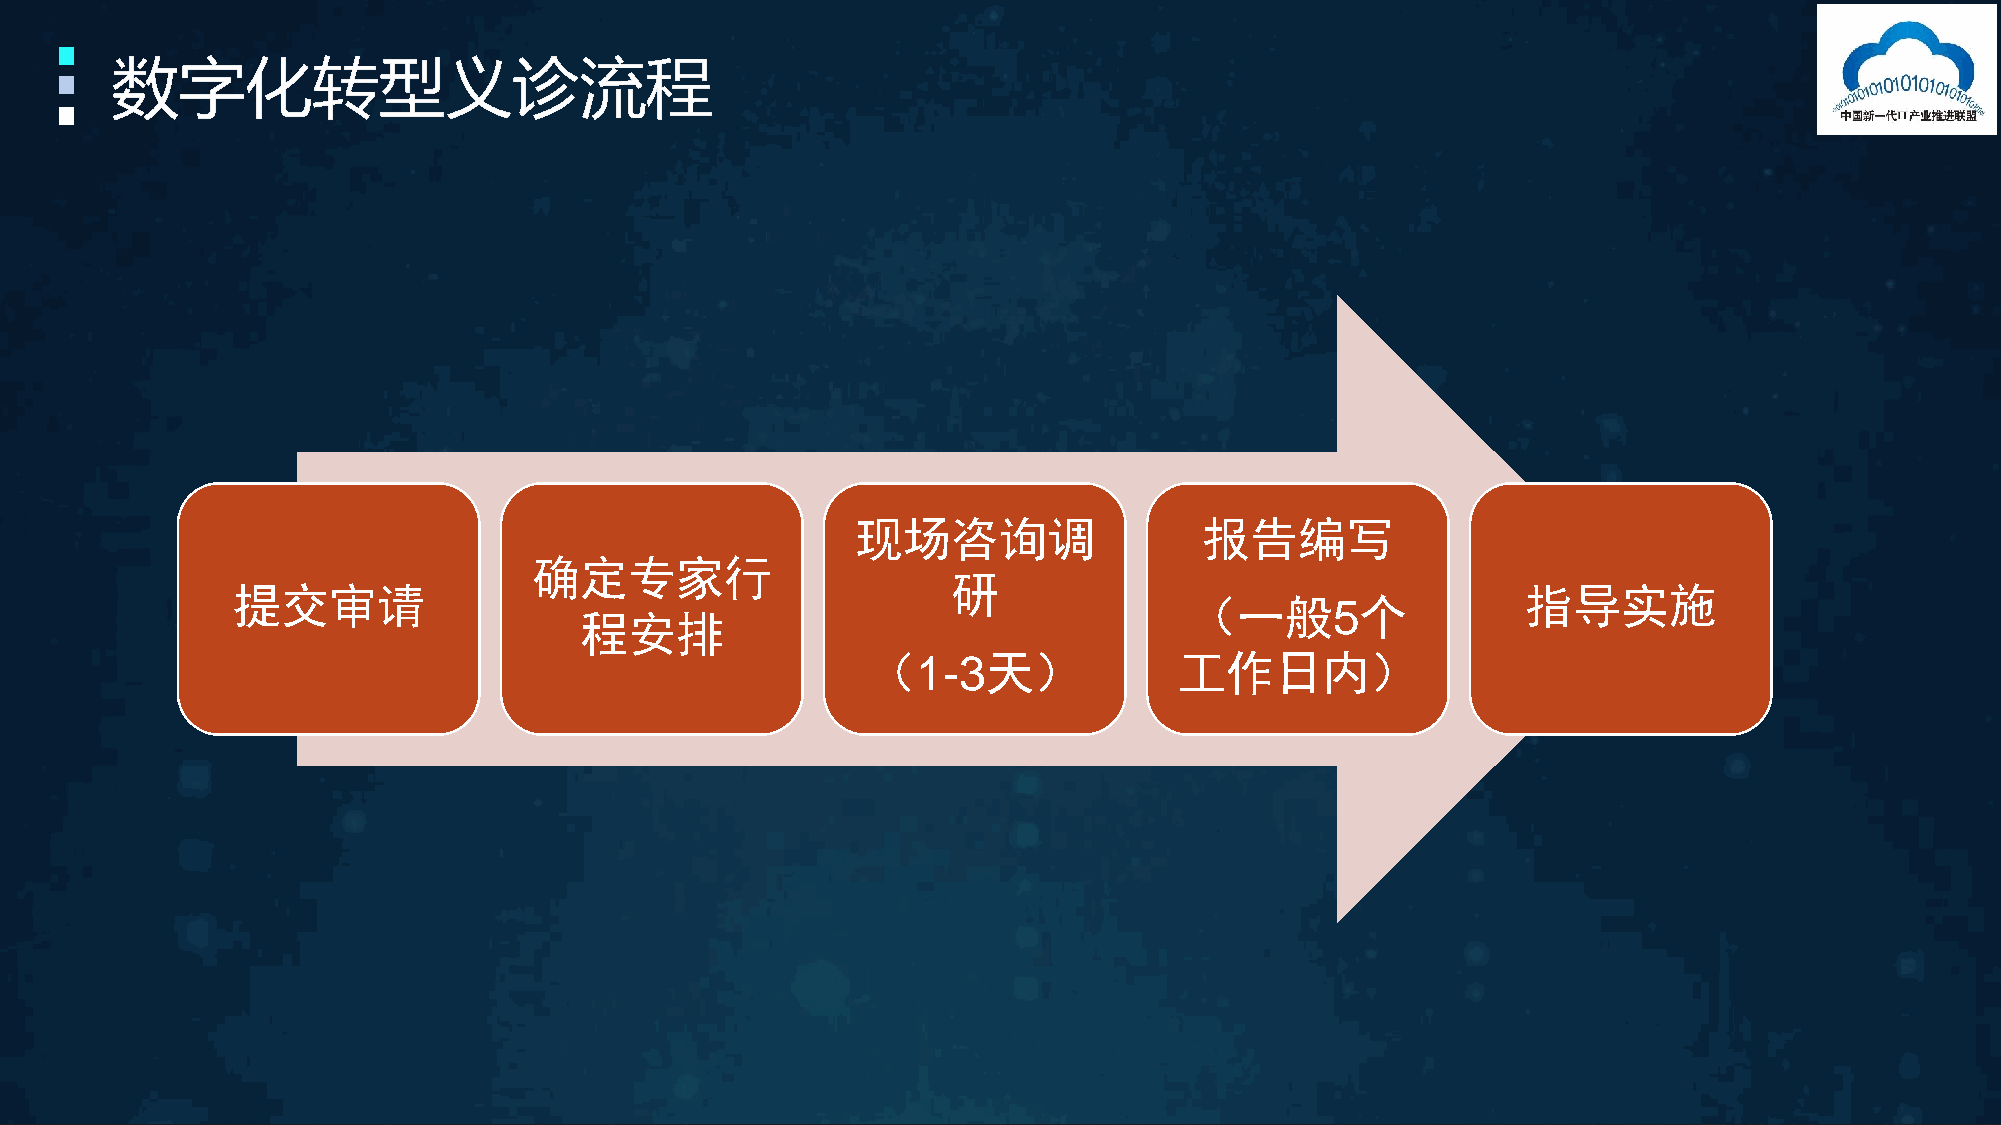
现场咨询调                  报告编写
 确定专家行
 研
 提交审请                                                                                  指导实施
 （一般5个
 程安排
 （1-3天）               工作日内）